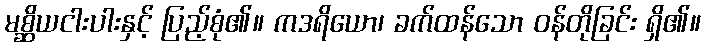
မစ္ဆိယငါးပါးနှင့် ပြည့်စုံ၏။ ကဒရိယော၊ ခက်ထန်သော ဝန်တိုခြင်း ရှိ၏။